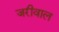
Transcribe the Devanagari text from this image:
जरीवाल